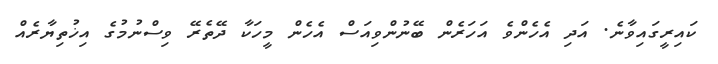
ކައިރީގައިވާނެ. އަދި އެހެންވެ އަހަރެން ބޭނުންވިއަސް އެހެން މީހަކާ ދޭތެރޭ ވިސްނުމުގެ އިޚުތިޔާރެއް